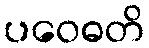
ပဝေဓတိ